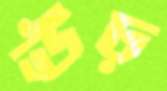
ঊঢ়